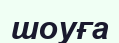
шоуға